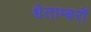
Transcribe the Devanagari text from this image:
श्वेताम्बरों